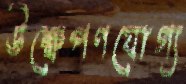
উক্ষেপণযোগ্য